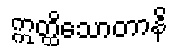
ဣတ္ထိသောတာနိ